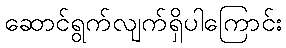
ဆောင်ရွက်လျက်ရှိပါကြောင်း